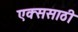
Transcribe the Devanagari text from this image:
एक्ससाठी